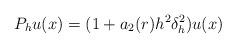
LaTeX: \begin{align*} P_h u(x) = ( 1 + a_2(r) h^2 \delta_h^2 )u(x)\end{align*}